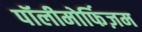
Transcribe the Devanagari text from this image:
पॉलीमोर्फिज़म